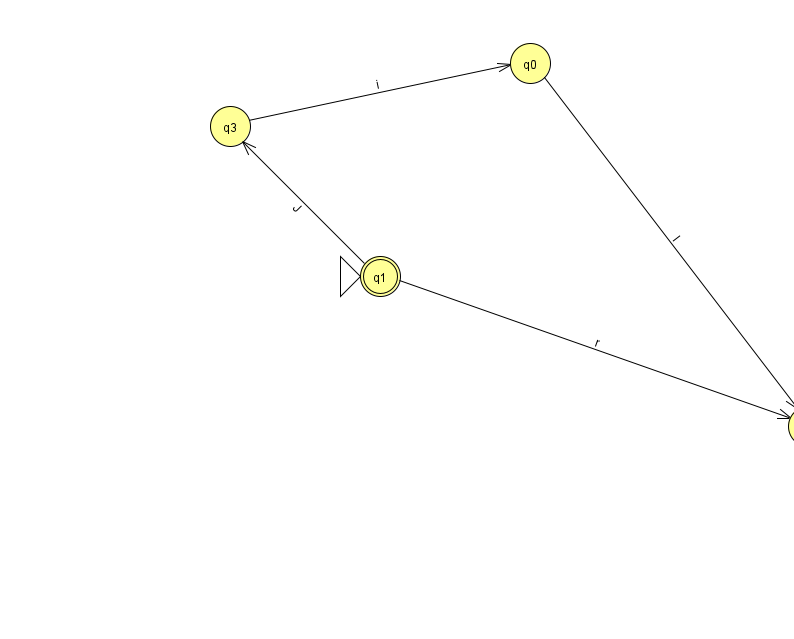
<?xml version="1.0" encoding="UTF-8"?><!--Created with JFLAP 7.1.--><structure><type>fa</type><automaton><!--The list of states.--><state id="0" name="q0"><x>530.0</x><y>50.0</y></state><state id="1" name="q1"><x>380.0</x><y>263.0</y><initial/><final/></state><state id="2" name="q2"><x>808.0</x><y>413.0</y></state><state id="3" name="q3"><x>230.0</x><y>113.0</y></state><!--The list of transitions.--><transition><from>3</from><to>0</to><read>i</read></transition><transition><from>0</from><to>2</to><read>I</read></transition><transition><from>1</from><to>2</to><read>r</read></transition><transition><from>1</from><to>3</to><read>J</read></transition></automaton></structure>